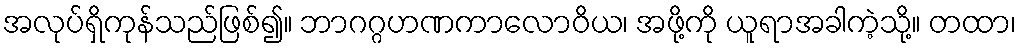
အလုပ်ရှိကုန်သည်ဖြစ်၍။ ဘာဂဂ္ဂဟဏကာလောဝိယ၊ အဖို့ကို ယူရာအခါကဲ့သို့။ တထာ၊